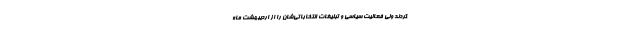
کردند ولی فعالیت سیاسی‌ و تبلیغات انتخاباتی‌شان را از اردیبهشت ماه